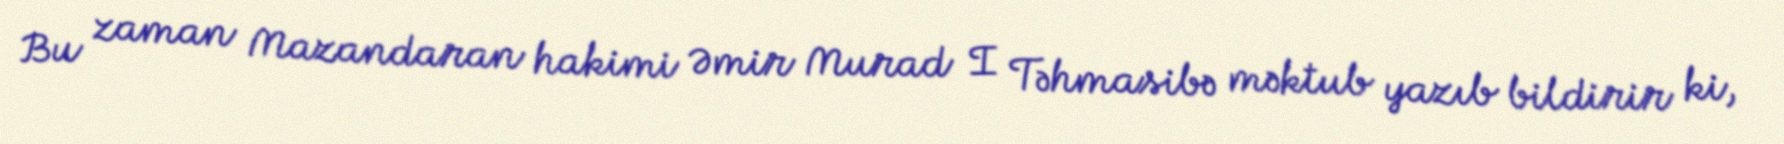
Bu zaman Mazandaran hakimi Əmir Murad I Təhmasibə məktub yazıb bildirir ki,